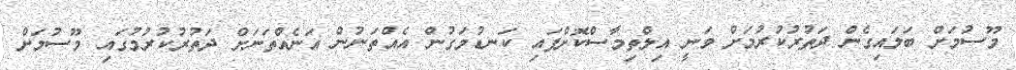
މޫސުމަށް ބަލައިގެން ދަތުރުކުރުމަށް ވަނީ އިލްތިމާސްކޮށްފައި ކަނޑުމަގުން އެއްތަނުން އަނެއްތަނަށް ދަތުރުކުރުމުގައި މޫސުމަށް